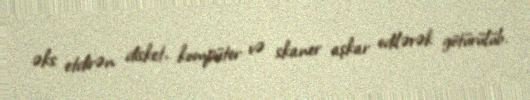
əks etdirən disket, kompüter və skaner aşkar edilərək götürülüb.